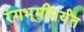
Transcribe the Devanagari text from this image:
रंगभूमीपर्यंत